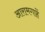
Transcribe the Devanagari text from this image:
आरामगाहें